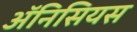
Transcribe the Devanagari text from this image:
ॲनिसियस